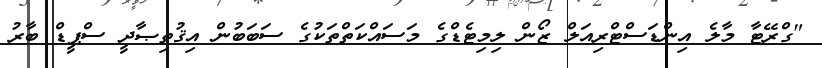
"ގްރޭޓާ މާލެ އިންޑަސްޓްރިއަލް ޒޯން ލިމިޓެޑްގެ މަސައްކަތްތަކުގެ ސަބަބުން އިޤުތިޞާދީ ސްޕީޑް ބާރު